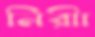
নিরীা